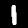
Digit: 1